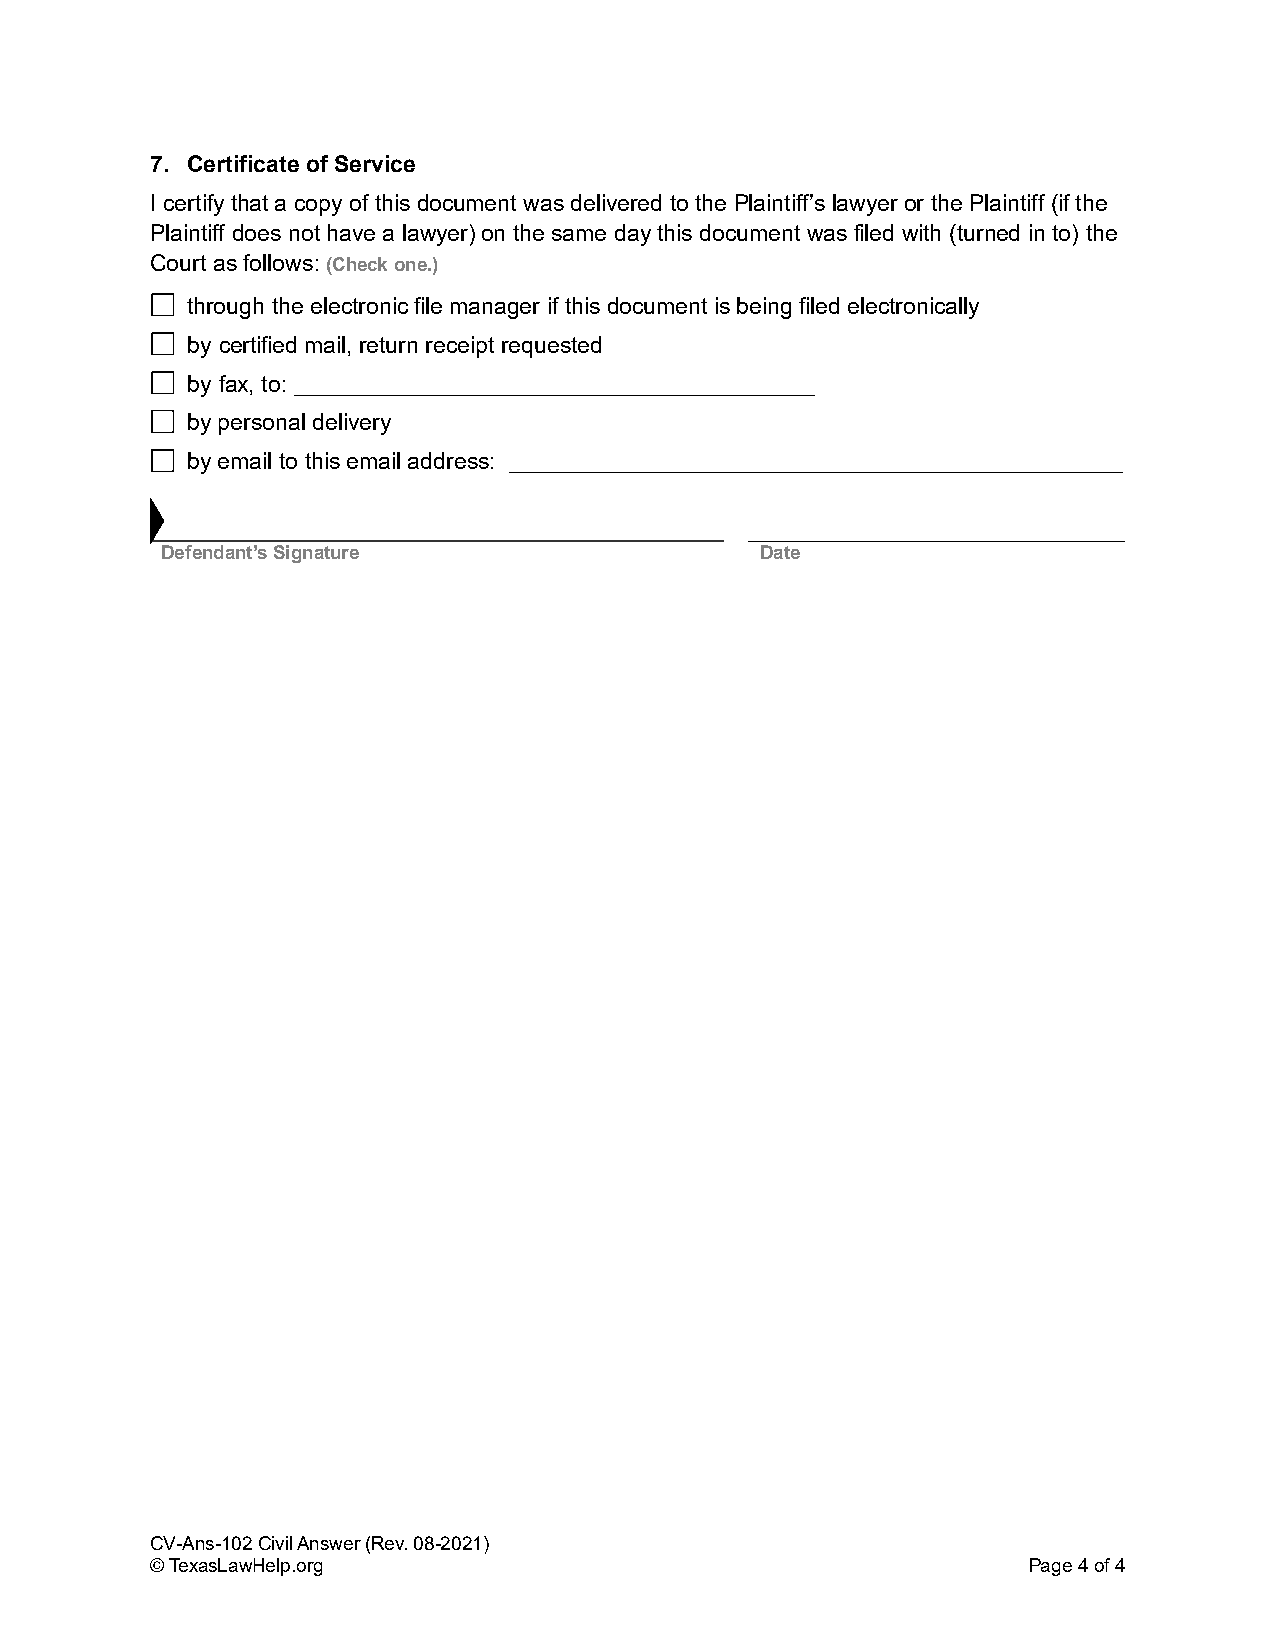
7. Certificate of Service
 I certify that a copy of this document was delivered to the Plaintiff’s lawyer or the Plaintiff (if the
 Plaintiff does not have a lawyer) on the same day this document was filed with (turned in to) the
 Court as follows: (Check one.)
 through the electronic file manager if this document is being filed electronically
 by certified mail, return receipt requested
 by fax, to: _____________________________________________
 by personal delivery
 by email to this email address: _____________________________________________________
 Defendant’s Signature                  Date
 CV-Ans-102 Civil Answer (Rev. 08-2021)
 © TexasLawHelp.org                                        Page 4 of 4